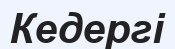
Кедергі